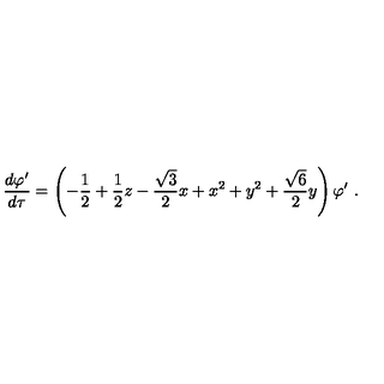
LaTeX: \frac { d \varphi ^ { \prime } } { d \tau } = \left( - \frac 1 2 + \frac 1 2 z - \frac { \sqrt { 3 } } { 2 } x + x ^ { 2 } + y ^ { 2 } + \frac { \sqrt 6 } { 2 } y \right) \varphi ^ { \prime } \ .